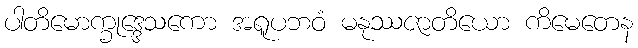
ပါတိမောက္ခုဒ္ဒေသကော အရူပဘဝံ မနုဿဇာတိယော ကိမေတေန